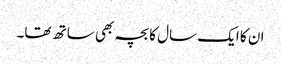
ان کا ایک سال کا بچہ بھی ساتھ تھا۔